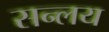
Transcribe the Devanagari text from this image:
सन्लय